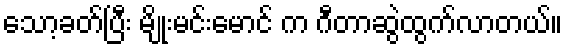
သော့ခတ်ပြီး မျိုးမင်းမောင် က ဂီတာဆွဲထွက်လာတယ်။